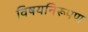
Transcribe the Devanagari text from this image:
विषयनिरूपण